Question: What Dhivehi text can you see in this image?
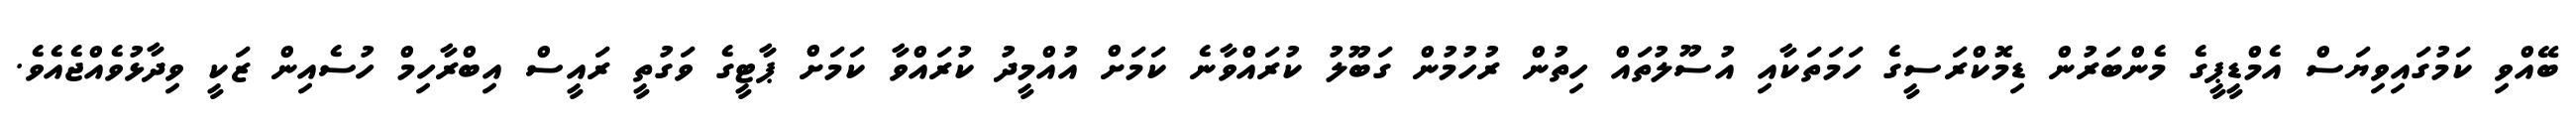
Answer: ބޭއްވި ކަމުގައިވިޔަސް އެމްޑީޕީގެ މެންބަރުން ޑިމޮކްރަސީގެ ހަމަތަކާއި އުސޫލުތައް ހިތުން ރުހުމުން ގަބޫލު ކުރައްވާނެ ކަމަށް އުއްމީދު ކުރައްވާ ކަމަށް ޕާޓީގެ ވަގުތީ ރައީސް އިބްރާހިމް ހުސެއިން ޒަކީ ވިދާޅުވެއްޖެއެވެ.